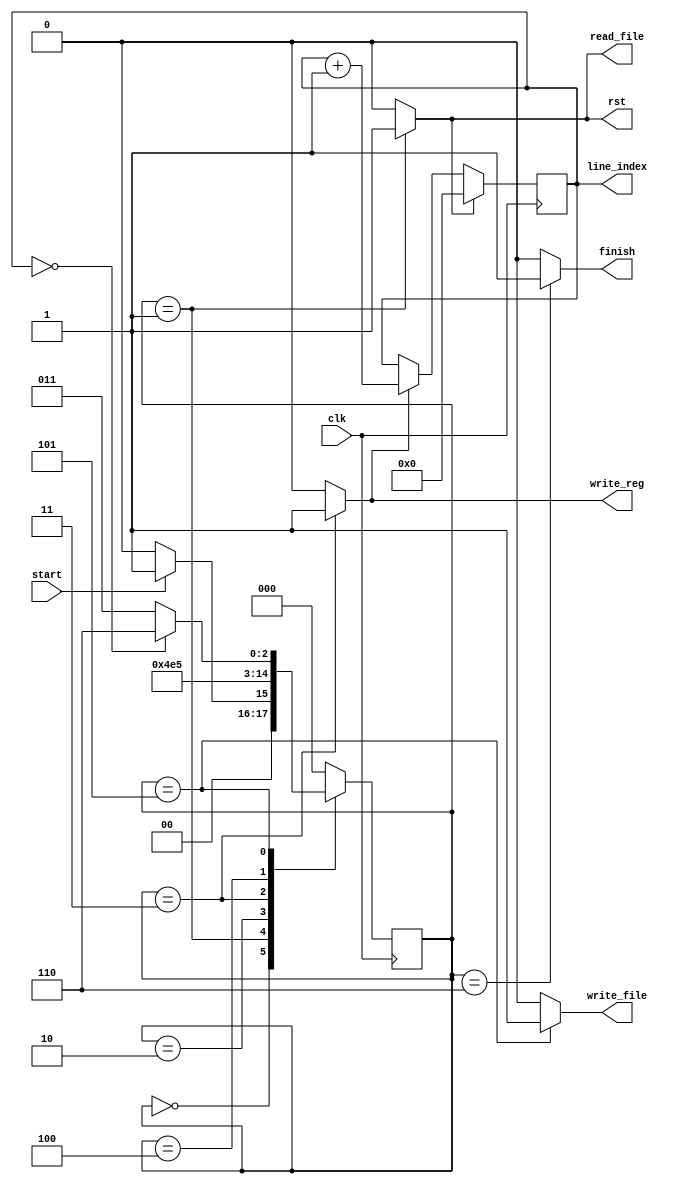
`timescale 1ns/1ns

`define idle 3'b000
`define init 3'b001
`define read 3'b010
`define reg_write 3'b011
`define cal 3'b100
`define write 3'b101
`define done 3'b110

module revaluate_controller(clk, rst, line_index, start, read_file, write_reg, write_file, finish);

  input clk, start;

  output reg read_file, write_reg, write_file, finish;
  output reg rst;
  output [5:0] line_index;

  reg [2:0] pstate = `idle, nstate;
  reg cnt_inc;
	
  reg [5:0] counter;

  always @(pstate, start, counter) begin
    {nstate, rst, read_file, write_reg, cnt_inc, write_file, finish} = 9'b0;
    case (pstate)
      `idle: begin nstate = (start) ? `init: `idle; end
      `init: begin nstate = `read; rst = 1'b1; read_file = 1'b1; end
      `read: begin nstate =  `reg_write; end
      `reg_write: begin nstate = `cal; write_reg = 1'b1; cnt_inc = 1'b1; end
      `cal: begin nstate = `write; end
      `write: begin nstate = (counter == 0) ? `done : `reg_write; write_file = 1'b1; end
      `done: begin nstate = `idle; finish = 1'b1; end
      default: nstate =`idle; // pstate
    endcase
  end

  always @(posedge clk) begin
    pstate <= nstate;
  end

  assign line_index = counter;
  
  always @(posedge clk) begin
    if (rst) begin
      counter <= 0;
    end
    else if (cnt_inc) begin
      counter <= counter + 1;
    end
  end

endmodule